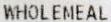
WHOLEMEAL